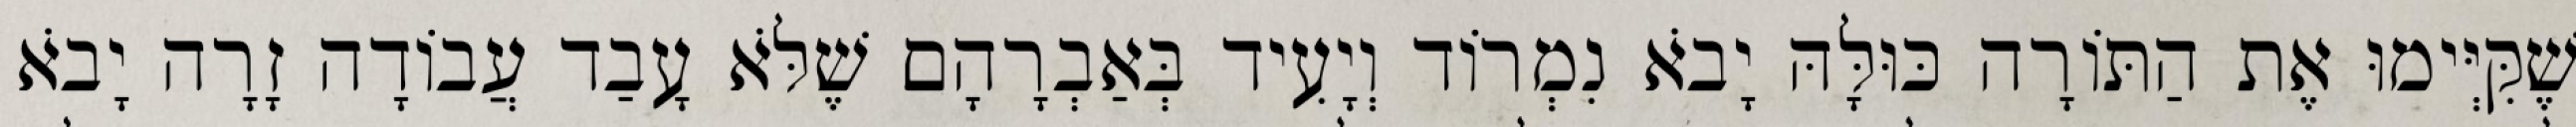
שֶׁקִּיְּימוּ אֶת הַתּוֹרָה כּוּלָּהּ יָבֹא נִמְרוֹד וְיָעִיד בְּאַבְרָהָם שֶׁלֹּא עָבַד עֲבוֹדָה זָרָה יָבֹא